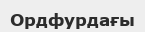
Ордфурдағы